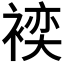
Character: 𲀺